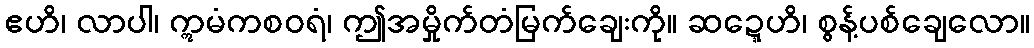
ဧဟိ၊ လာပါ၊ ဣမံကစဝရံ၊ ဤအမှိုက်တံမြက်ချေးကို။ ဆဍ္ဍေဟိ၊ စွန့်ပစ်ချေလော။